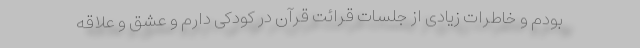
بودم و خاطرات زیادی از جلسات قرائت قرآن در کودکی دارم و عشق و علاقه